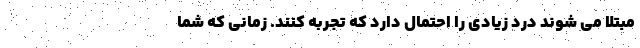
مبتلا می شوند درد زیادی را احتمال دارد که تجربه کنند. زمانی که شما